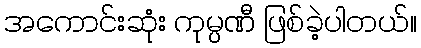
အကောင်းဆုံး ကုမ္ပဏီ ဖြစ်ခဲ့ပါတယ်။